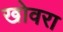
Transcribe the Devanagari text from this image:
खोवरा